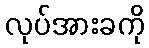
လုပ်အားခကို